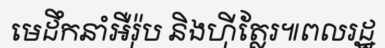
មេដឹកនាំអឺរ៉ុប និងហ៊ីត្លែរ៕ពលរដ្ឋ